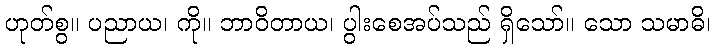
ဟုတ်စွ။ ပညာယ၊ ကို။ ဘာဝိတာယ၊ ပွါးစေအပ်သည် ရှိသော်။ သော သမာဓိ၊